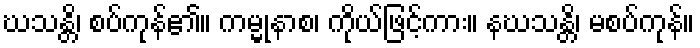
ဃသန္တိ၊ စပ်ကုန်၏။ ကမ္မုနာစ၊ ကိုယ်ဖြင့်ကား။ နဃသန္တိ၊ မစပ်ကုန်။